Indian journal of veterinary science and animal husbandry - Volume 2,
Year: 1932
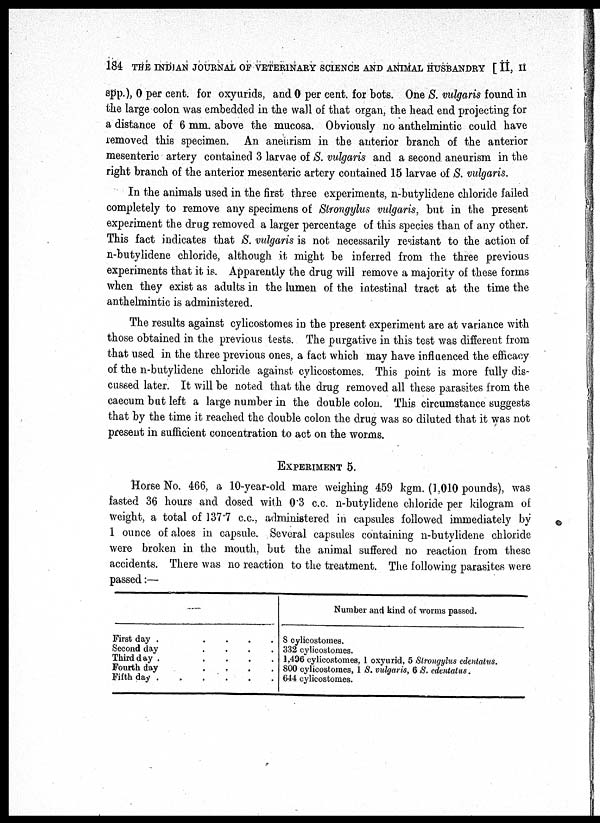
184 THE INDIAN JOURNAL OF VETERINARY SCIENCE AND ANIMAL HUSBANDBY [ II, II
spp.), 0 per cent. for oxyurids, and 0 per cent. for bots. One S. vulgaris found in
the large colon was embedded in the wall of that organ, the head end projecting for
a distance of 6 mm. above the mucosa. Obviously no anthelmintic could have
removed this specimen. An aneurism in the anterior branch of the anterior
mesenteric artery contained 3 larvae of S. vulgaris and a second aneurism in the
right branch of the anterior mesenteric artery contained 15 larvae of S. vulgaris.
In the animals used in the first three experiments, n-butylidene chloride failed
completely to remove any specimens of Strongylus vulgaris, but in the present
experiment the drug removed a larger percentage of this species than of any other.
This fact indicates that S. vulgaris is not necessarily resistant to the action of
n-butylidene chloride, although it might be inferred from the three previous
experiments that it is. Apparently the drug will remove a majority of these forms
when they exist as adults in the lumen of the intestinal tract at the time the
anthelmintic is administered.
The results against cylicostomes in the present experiment are at variance with
those obtained in the previous tests. The purgative in this test was different from
that used in the three previous ones, a fact which may have influenced the efficacy
of the n-butylidene chloride against cylicostomes. This point is more fully dis-
cussed later. It will be noted that the drug removed all these parasites from the
caecum but left a large number in the double colon. This circumstance suggests
that by the time it reached the double colon the drug was so diluted that it was not
present in sufficient concentration to act on the worms.
EXPERIMENT 5.
Horse No. 466, a 10-year-old mare weighing 459 kgm. (1,010 pounds), was
fasted 36 hours and dosed with 0.3 c.c. n-butylidene chloride per kilogram of
weight, a total of 137.7 c.c., administered in capsules followed immediately by
1 ounce of aloes in capsule. Several capsules containing n-butylidene chloride
were broken in the mouth, but the animal suffered no reaction from these
accidents. There was no reaction to the treatment. The following parasites were
passed:—
—
First day .
....
Second day
....
Third day
.
....
Fourth day
....
Fifth day
.
....
Number and kind of worms passed.
S cylicostomes.
332 cylicostomes.
1,496 cylicostomes, 1 oxyurid, 5 Strongylus edentatus.
800 cylicostomes, 1 S. vulgaris, 6 S. edentatus.
644 cylicostomes.